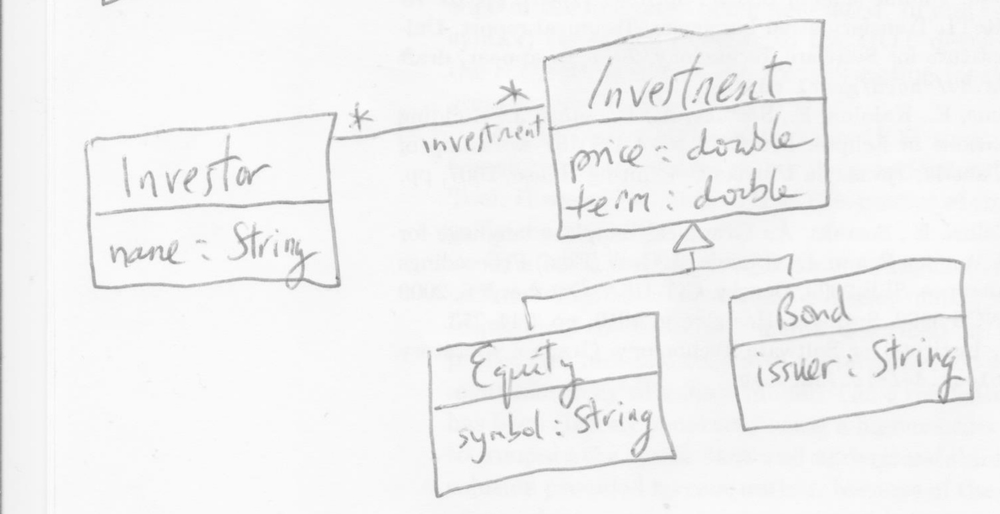
Diagram type: class_diagram
```plantuml
@startuml

skinParam groupInheritance 2

class Investor

class Investment {
  price: double
  term: double
}

class Equity extends Investment {
  symbol: String
}

class Bond extends Investment {
  issuer: String
}

Investor "*" -- "investment *" Investment

@enduml
```